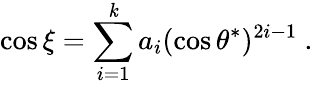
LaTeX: \cos{\xi}=\sum_{i=1}^{\mathit{k}}a_{i}(\cos{\theta^{*}})^{2i-1}\ .